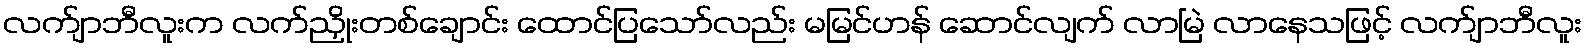
လက်ျာဘီလူးက လက်ညှိုးတစ်ချောင်း ထောင်ပြသော်လည်း မမြင်ဟန် ဆောင်လျက် လာမြဲ လာနေသဖြင့် လက်ျာဘီလူး